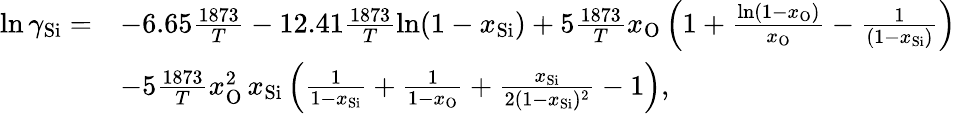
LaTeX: \begin{array}{rl}{\ln\gamma_{\mathrm{Si}}=}&{-6.65\frac{1873}{T}-12.41\frac{1873}{T}\ln(1-x_{\mathrm{Si}})+5\frac{1873}{T}x_{\mathrm{O}}\left(1+\frac{\ln(1-x_{\mathrm{O}})}{x_{\mathrm{O}}}-\frac{1}{(1-x_{\mathrm{Si}})}\right)}\\ &{-5\frac{1873}{T}x_{\mathrm{O}}^{2}\, x_{\mathrm{Si}}\left(\frac{1}{1-x_{\mathrm{Si}}}+\frac{1}{1-x_{\mathrm{O}}}+\frac{x_{\mathrm{Si}}}{2(1-x_{\mathrm{Si}})^{2}}-1\right),}\end{array}